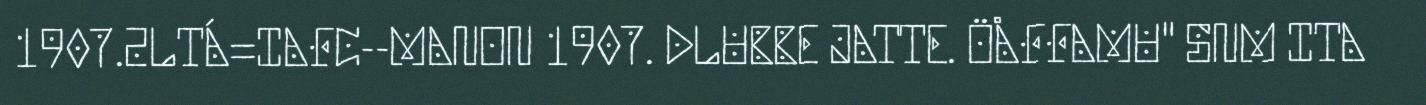
1907.2LTÁ=IAFC--MANON 1907. DLUBBE JATTE. ÖÅFFAMU" SNM ITA